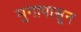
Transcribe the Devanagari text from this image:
मुगापासून